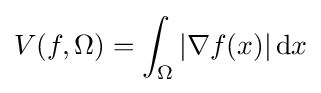
V(f,\Omega )=\int _{\Omega }\left|\nabla f(x)\right|\mathrm {d} x